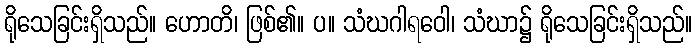
ရိုသေခြင်းရှိသည်။ ဟောတိ၊ ဖြစ်၏။ ပ။ သံဃဂါရဝေါ၊ သံဃာ၌ ရိုသေခြင်းရှိသည်။